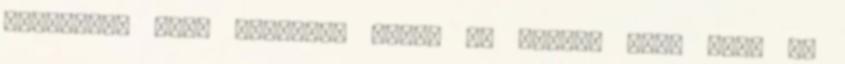
linkjeit, hogy olvasóik mégis el tudják őket érni az